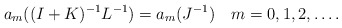
\begin{align*}a_{m}((I+K)^{-1}L^{-1})=a_{m}(J^{-1})\ \ \ m=0,1,2,\ldots.\end{align*}